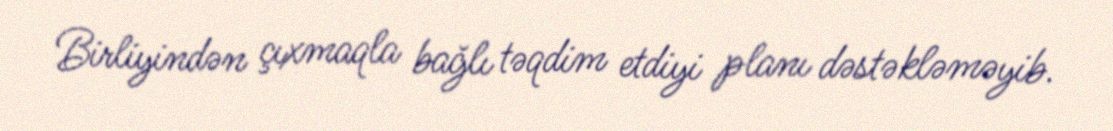
Birliyindən çıxmaqla bağlı təqdim etdiyi planı dəstəkləməyib.